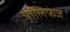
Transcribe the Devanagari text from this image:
पॉलिफेज